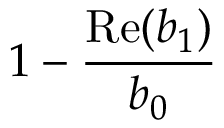
1 - \frac { \mathrm { R e } ( b _ { 1 } ) } { b _ { 0 } }